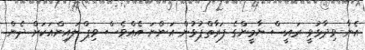
އެނާ ވިދާޅުވީ ރައީސް ޔާމީންގެ ފަރާތްޕުޅުން އަންނަ އެއްވެސް ވިޕް ލައިންއަކަށް ދެން